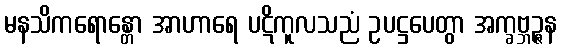
မနသိကရောန္တော အာဟာရေ ပဋိကူလသညံ ဥပဋ္ဌပေတွာ အက္ခဗ္ဘဉ္ဇန